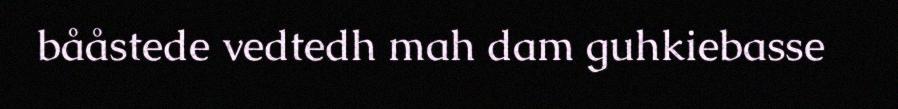
bååstede vedtedh mah dam guhkiebasse